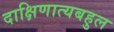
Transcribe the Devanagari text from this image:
दाक्षिणात्यबहुल